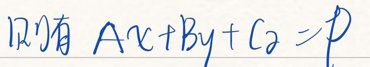
则有$Ax + By + Cz = P$